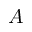
A